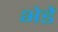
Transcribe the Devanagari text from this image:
भेडें